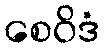
စေဝိဒံ